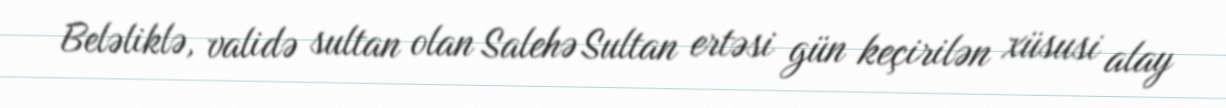
Beləliklə, validə sultan olan Salehə Sultan ertəsi gün keçirilən xüsusi alay